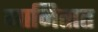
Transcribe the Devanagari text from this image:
मानितात